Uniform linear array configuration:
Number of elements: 32
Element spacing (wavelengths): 0.5
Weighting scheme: cosine
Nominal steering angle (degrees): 15
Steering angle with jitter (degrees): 13.029
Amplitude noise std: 0.05
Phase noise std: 0.05

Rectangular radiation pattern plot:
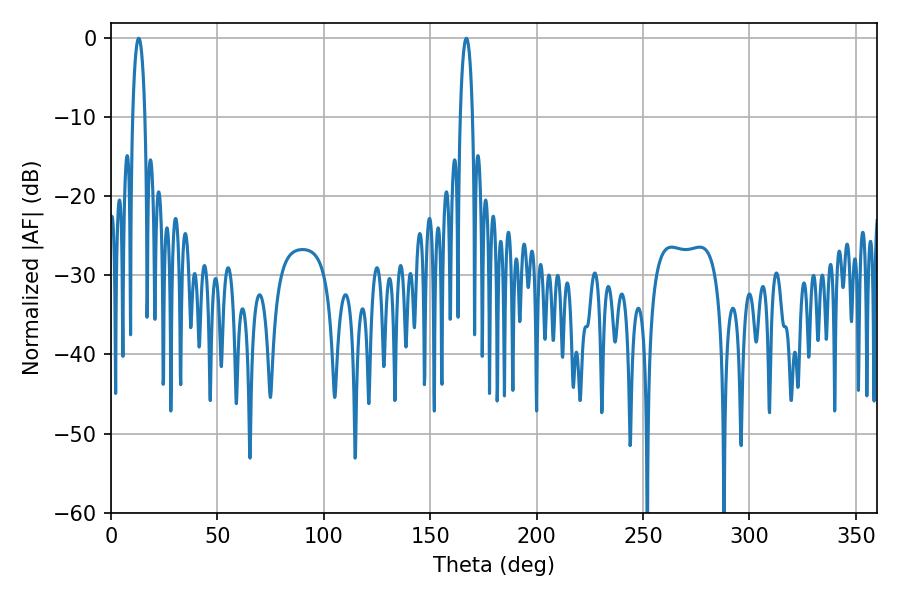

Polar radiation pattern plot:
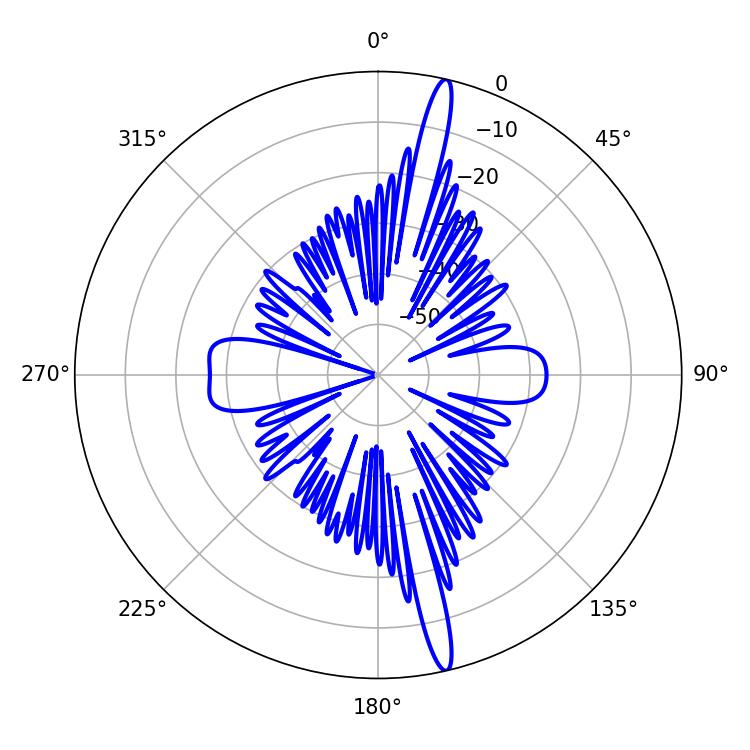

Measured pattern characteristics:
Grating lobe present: FALSE
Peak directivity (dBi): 18.436
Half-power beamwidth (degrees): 3.24
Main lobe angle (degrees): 12.96